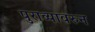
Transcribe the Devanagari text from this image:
पुराव्यावरुन